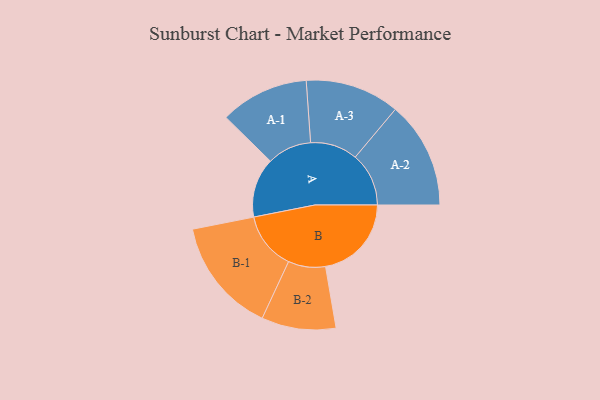
{"axis": {"x": "Segment", "y": "Value"}, "legend": ["", "A", "B"], "data": [{"x": "A", "y": 274, "type": ""}, {"x": "B", "y": 395, "type": ""}, {"x": "A-1", "y": 204, "type": "A"}, {"x": "A-2", "y": 246, "type": "A"}, {"x": "A-3", "y": 217, "type": "A"}, {"x": "B-1", "y": 265, "type": "B"}, {"x": "B-2", "y": 171, "type": "B"}]}